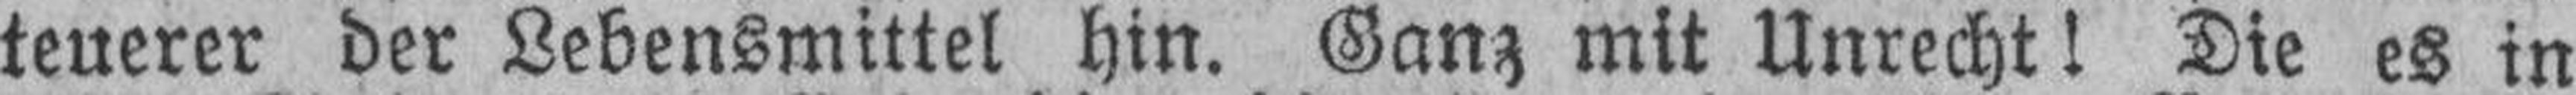
teuerer der Lebensmittel hin. Ganz mit Unrecht! Die es in